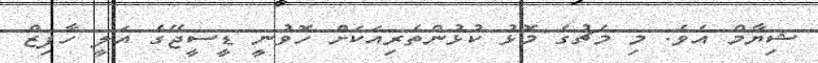
ޝިޔާމް އެވެ. މި މެޗުގެ މޮޅު ކުޅުންތެރިއަކަށް ހޮވުނީ ޑީސީޖޭގެ އަލީ ހާފިޒް